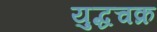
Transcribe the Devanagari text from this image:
युद्धचक्र